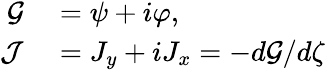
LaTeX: \begin{array}{rl}{\mathcal{G}}&{{}=\psi+i\varphi,}\\ {\mathcal{J}}&{{}=J_{y}+iJ_{x}=-d\mathcal{G}/d\zeta}\end{array}